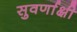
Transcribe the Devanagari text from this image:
सुवर्णाक्षी